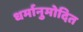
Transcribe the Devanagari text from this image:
धर्मानुमोदित